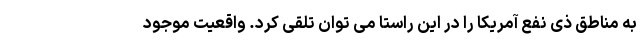
به مناطق ذی نفع آمریکا را در این راستا می توان تلقی کرد. واقعیت موجود